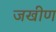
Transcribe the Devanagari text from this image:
जखीण